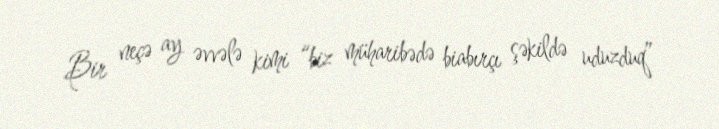
Bir neçə ay əvvələ kimi “biz müharibədə biabırçı şəkildə uduzduq”